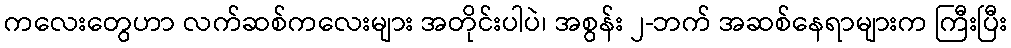
ကလေးတွေဟာ လက်ဆစ်ကလေးများ အတိုင်းပါပဲ၊ အစွန်း ၂-ဘက် အဆစ်နေရာများက ကြီးပြီး